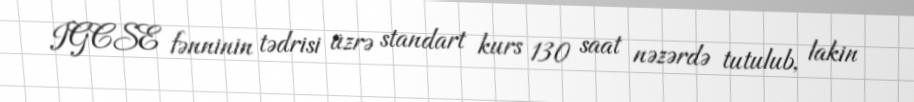
IGCSE fənninin tədrisi üzrə standart kurs 130 saat nəzərdə tutulub, lakin